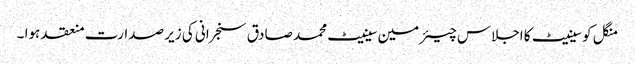
منگل کو سینیٹ کا اجلاس چیئرمین سینیٹ محمد صادق سنجرانی کی زیر صدارت منعقد ہوا ۔